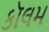
કૉલમ